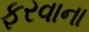
ફરવાના